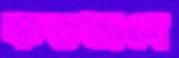
কতভাবে